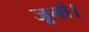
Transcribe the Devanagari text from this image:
जूनो।